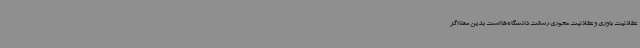
عقلانیت باوری و عقلانیت محوری رسالت دانشگاه‌ها است بدین معنا اگر